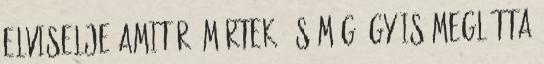
elviselje amit rá mértek, és még így is meglátta